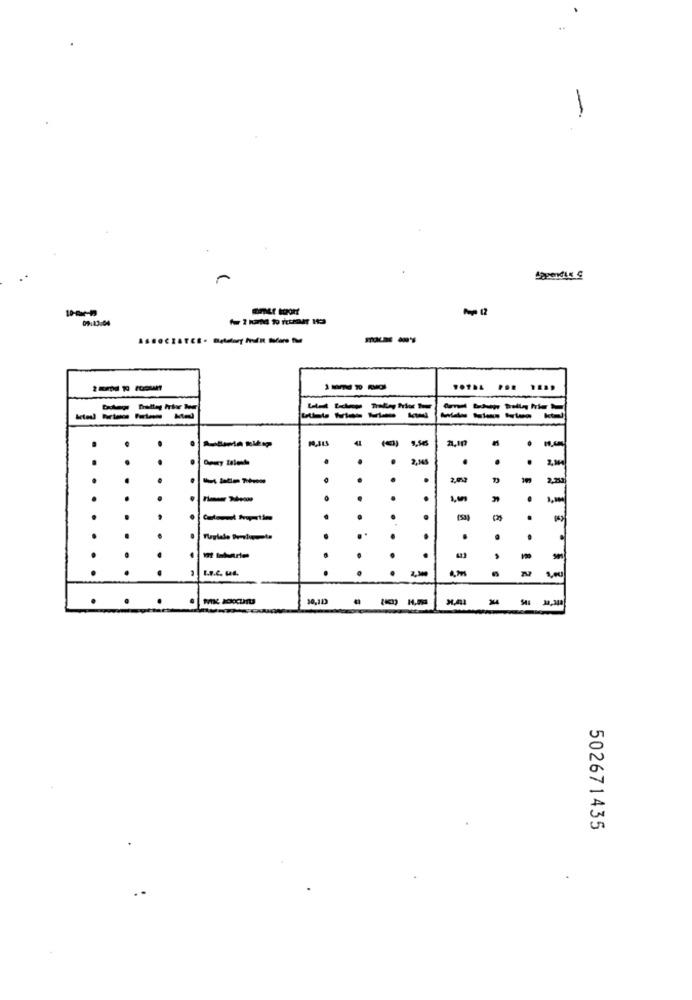
-
09:43:04
--
----
--.
.
.
.
. .
---
.
.
.
.. .
.....
. . !
£ 2
.
.
----
502671435